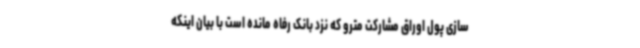
سازی پول اوراق مشارکت مترو که نزد بانک رفاه مانده است با بیان اینکه